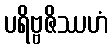
ပရိဗ္ဗဇိဿဟံ